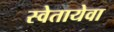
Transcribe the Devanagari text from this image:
स्वेतायेवा